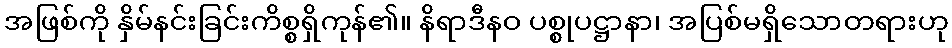
အဖြစ်ကို နှိမ်နင်းခြင်းကိစ္စရှိကုန်၏။ နိရာဒီနဝ ပစ္စုပဋ္ဌာနာ၊ အပြစ်မရှိသောတရားဟု